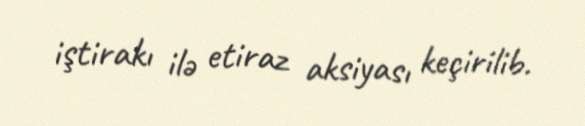
iştirakı ilə etiraz aksiyası keçirilib.